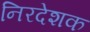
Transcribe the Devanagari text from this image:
निरदेशक